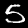
Digit: 5